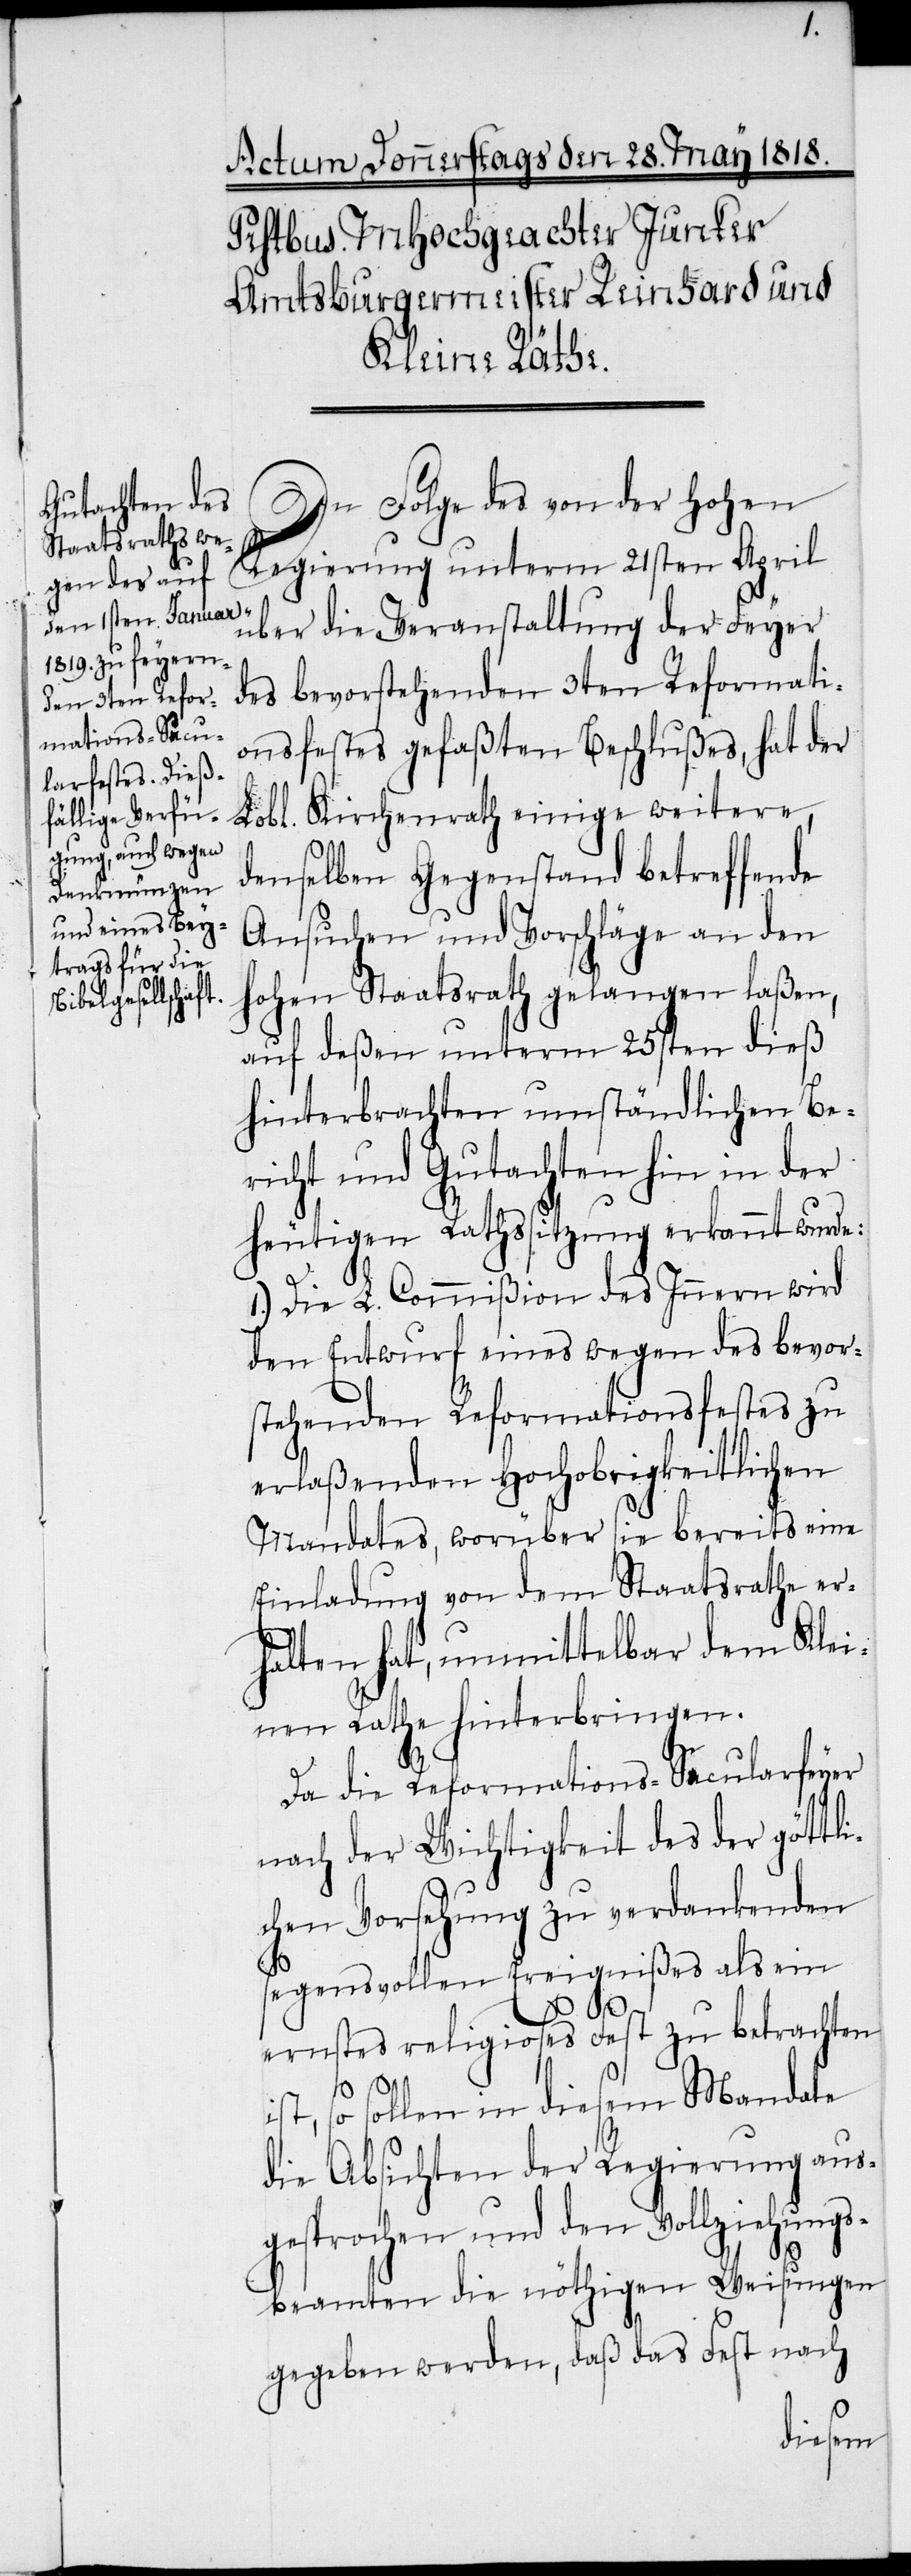
In Folge des von der Hohen
Regierung unterm 21sten April
über die Veranstaltung der Feyer
des bevorstehenden 3ten Reformati¬
onsfestes gefaßten Beschlußes, hat der
Lobl. Kirchenrath einige weitere,
denselben Gegenstand betreffende
Ansuchen und Vorschläge an den
hohen Staatsrath gelangen laßen,
auf deßen unterm 25sten dieß
hinterbrachten umständlichen Be¬
richt und Gutachten hin in der
heutigen Rathssitzung erkannt wurde:
1.) Die L. Commißion des Innern wird
den Entwurf eines wegen des bevor¬
stehenden Reformationsfestes zu
erlaßenden Hochobrigkeitlichen
Mandates, worüber sie bereits eine
Einladung von dem Staatsrathe er¬
halten hat, unmittelbar dem Klei¬
nen Rathe hinterbringen.
Da die Reformations-Secularfeyer
nach der Wichtigkeit des der göttl¬
ichen Vorsehung zu verdankenden
segensvollen Ereignißes als ein
ernstes religioses Fest zu betrachten
so sollen in diesem Mandate
die Absichten der Regierung aus¬
gesprochen und den Vollziehungs¬
beamten die nöthigen Weisungen
gegeben werden, daß das Fest nach